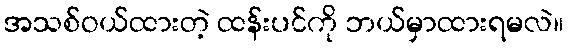
အသစ်ဝယ်ထားတဲ့ ထန်းပင်ကို ဘယ်မှာထားရမလဲ။